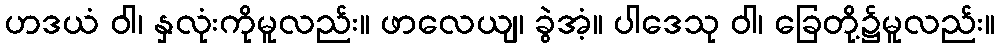
ဟဒယံ ဝါ၊ နှလုံးကိုမူလည်း။ ဖာလေယျ၊ ခွဲအံ့။ ပါဒေသု ဝါ၊ ခြေတို့၌မူလည်း။